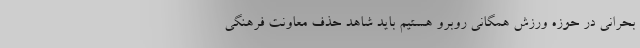
بحرانی در حوزه ورزش همگانی روبرو هستیم باید شاهد حذف معاونت فرهنگی